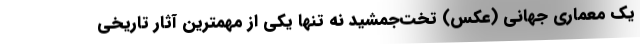
یک معماری جهانی (عکس) تخت‌جمشید نه تنها یکی از مهمترین آثار تاریخی